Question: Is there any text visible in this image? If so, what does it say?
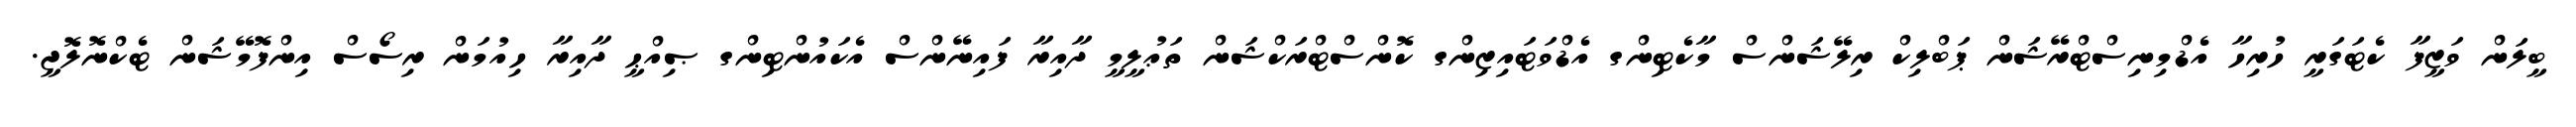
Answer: ބީލަން ވަޒީފާ ކެޓަގަރީ ހުރިހާ އެޑްމިނިސްޓްރޭޝަން ޕަބްލިކް ރިލޭޝަންސް މާކެޓިންގ އެޑްވަޓައިޒިންގ ކޮންސްޓްރަކްޝަން ތަޢުލީމީ ދާއިރާ ފައިނޭންސް އެކައުންޓިންގ ޞިއްޙީ ދާއިރާ ހިއުމަން ރިސޯސް އިންފޮމޭޝަން ޓެކްނޮލޮޖީ.